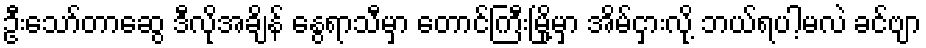
ဦးသော်တာဆွေ ဒီလိုအချိန် နွေရာသီမှာ တောင်ကြီးမြို့မှာ အိမ်ငှားလို့ ဘယ်ရပါ့မလဲ ခင်ဗျာ